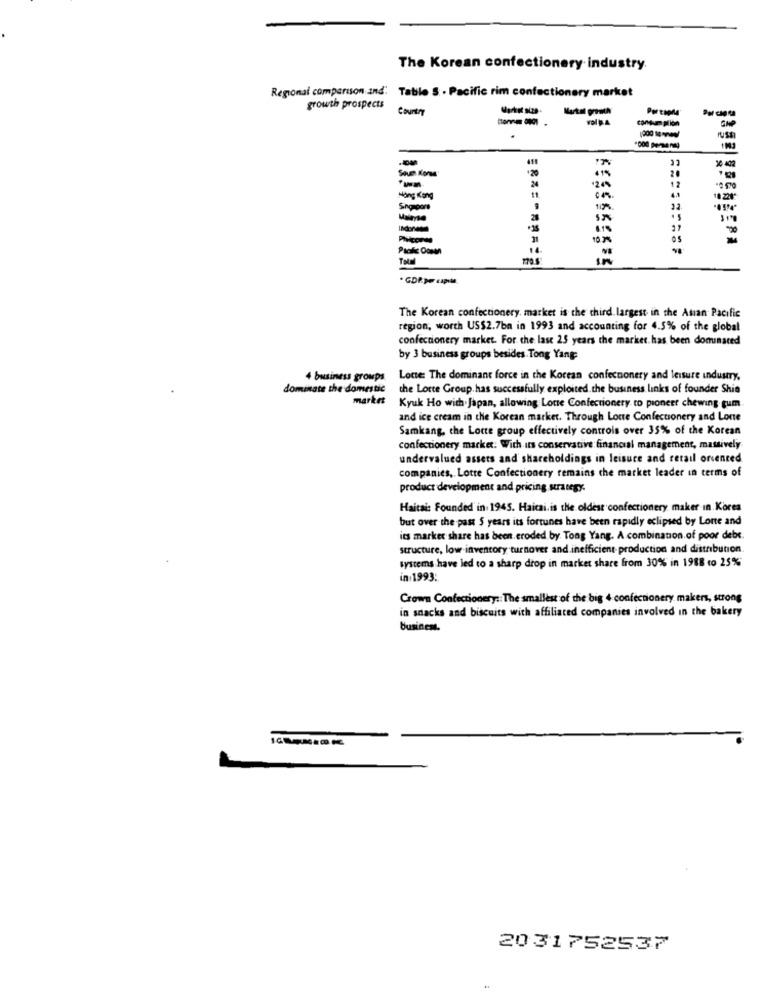
The Korean confectionery industry.
Regional comparison and: Table S . Pacific rim confectionery market
growth prospects
Country
consum ption
GAP
*20
20
12
Hong Kong
11
Singapore
Malayse
28
INdores
10 %
05
14
=========
270.6
The Korean confectionery, market is the third largest in the Asian Pacific
region, worth US$2.7bn in 1993 and accounting for 4.5% of the global
confectionery market. For the last 25 years the market. has been donunared
by 3 business groups besides Tong Yang:
4 business groups.
Locte: The dominant force in the Korean confectionery and leisure industry,
dominate the domestic
the Lotte Group has successfully exploited. the business links of founder Shin
market
Kyuk Ho with Japan, allowing Lotte Confectionery to pioneer chewing gum
and ice cream in the Korean marker. Through Lone Confectionery and Lone
Samkang, the Lotte group effectively controis over 35% of the Korean
confectionery market. With its conservative: financial management, massively
undervalued assets and shareholdings in leisure and retail oriented
companies, Lotte Confectionery remains the market leader in terms of
product development and pricing strategy.
Haitai: Founded in 1945. Haicai.is the oldest confectionery maker in. Korea
but over the past S years its fortunes have been rapidly eclipsed by Lorte and
its market share has been. eroded by. Tong Yang. A combination.of poor debe.
structure, low inventory turnover and inefficient- production and distribution
systems have led to a sharp drop in market share from 30% in 1988 co 25%
in 1993:
Crown Confectionery :: The smallest of the big 4 confectionery makers, strong
in snacks and biscuits with affiliated companies involved in the bakery
Business.
2031752537